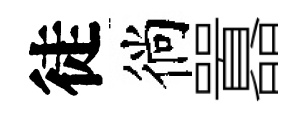
徒徜囂